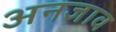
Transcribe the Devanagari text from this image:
अनजाव